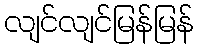
လျင်လျင်မြန်မြန်